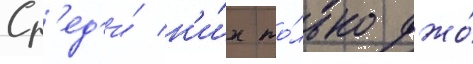
Ср'ед'и́ н'и́х то́лько джо́